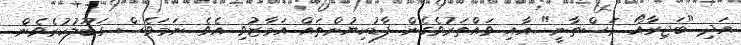
އަދި "ބަޖިރާއޯ މަސްތާނީ" އާއި ވައްތަރުވެގެން ފާޑުކިޔުންތައް އަމާޒުވި އެވެ. ނަމަވެސް ގަބޫލުކުރެވެން